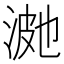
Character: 𭰿